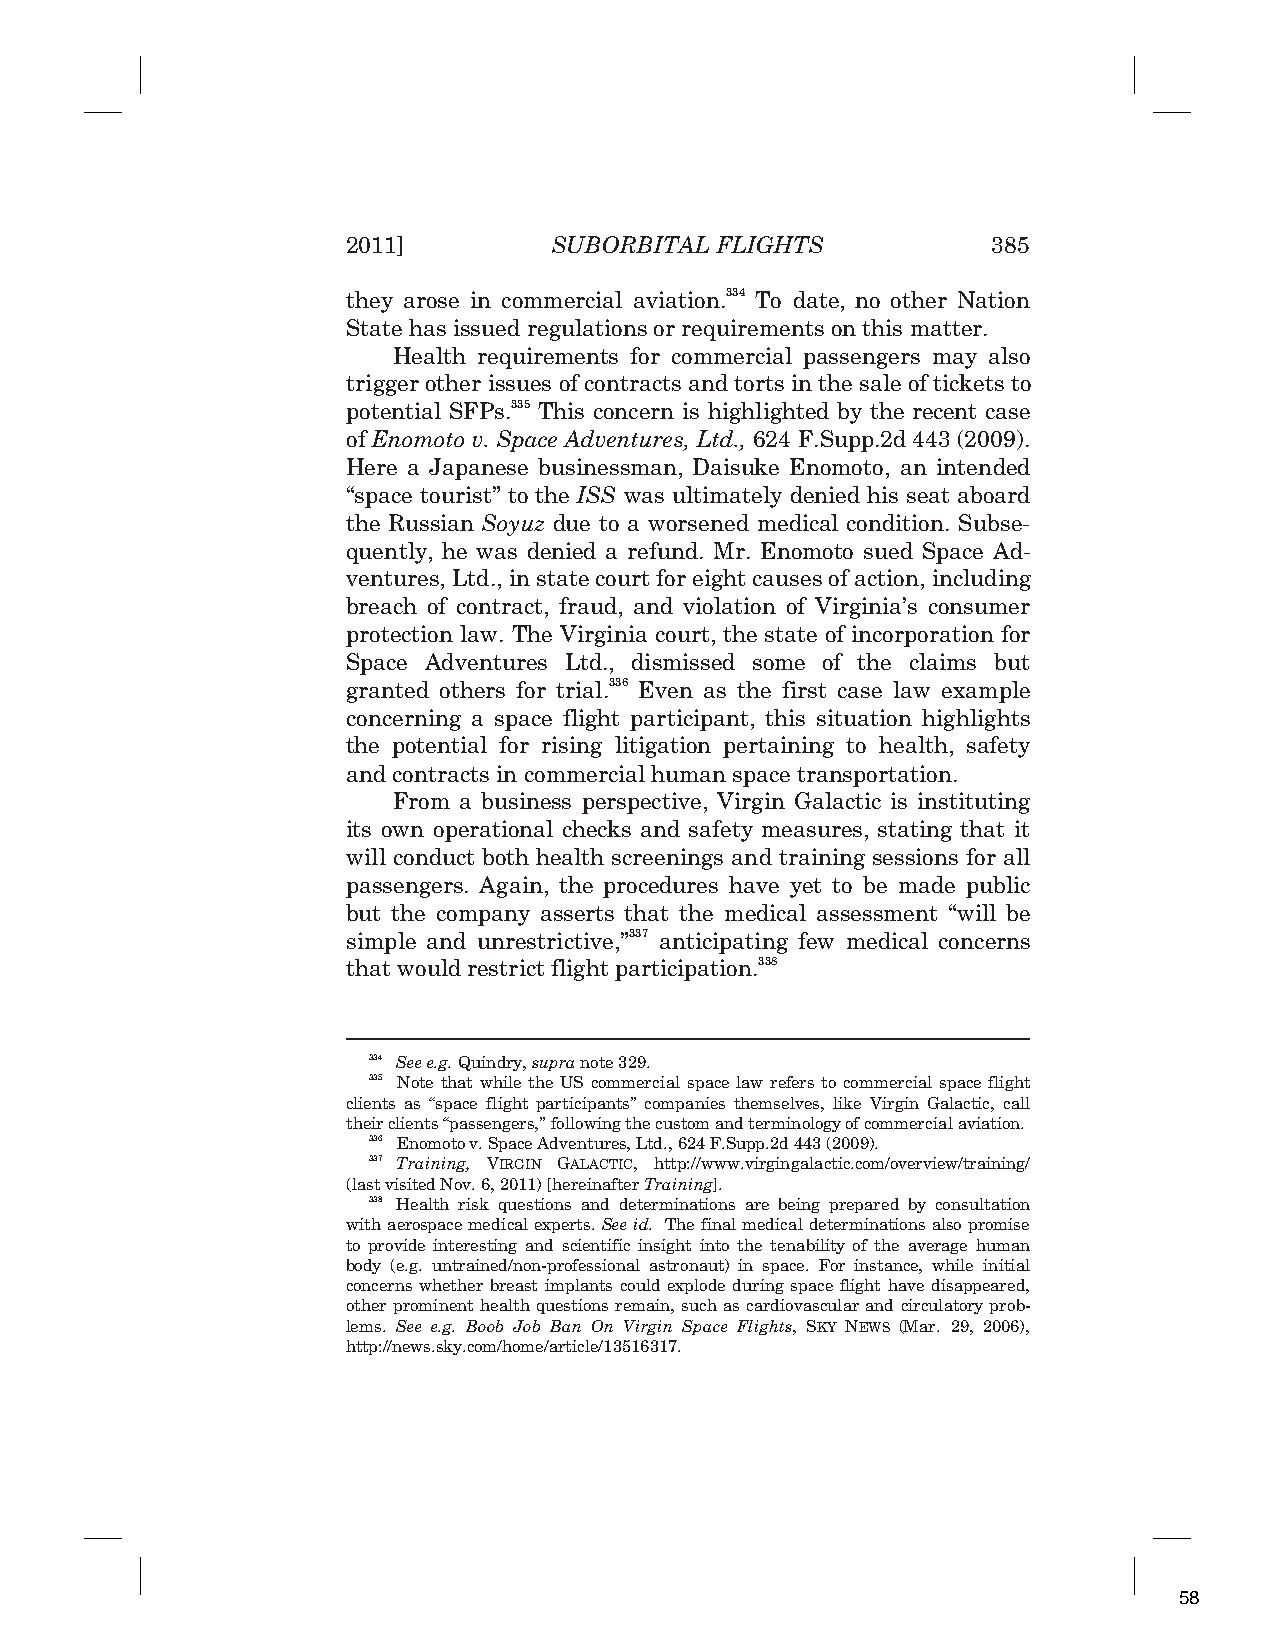
2011]         SUBORBITAL FLIGHTS           385
 they arose in commercial aviation.334 To date, no other Nation
 State has issued regulations or requirements on this matter.
 Health requirements for commercial passengers may also
 trigger other issues of contracts and torts in the sale of tickets to
 potential SFPs.335 This concern is highlighted by the recent case
 of Enomoto v. Space Adventures, Ltd., 624 F.Supp.2d 443 (2009).
 Here a Japanese businessman, Daisuke Enomoto, an intended
 “space tourist” to the ISS was ultimately denied his seat aboard
 the Russian Soyuz due to a worsened medical condition. Subse-
 quently, he was denied a refund. Mr. Enomoto sued Space Ad-
 ventures, Ltd., in state court for eight causes of action, including
 breach of contract, fraud, and violation of Virginia’s consumer
 protection law. The Virginia court, the state of incorporation for
 Space Adventures Ltd., dismissed some of the claims but
 granted others for trial.336 Even as the first case law example
 concerning a space flight participant, this situation highlights
 the potential for rising litigation pertaining to health, safety
 and contracts in commercial human space transportation.
 From a business perspective, Virgin Galactic is instituting
 its own operational checks and safety measures, stating that it
 will conduct both health screenings and training sessions for all
 passengers. Again, the procedures have yet to be made public
 but the company asserts that the medical assessment “will be
 simple and unrestrictive,”337 anticipating few medical concerns
 that would restrict flight participation.338
 334 See e.g. Quindry, supra note 329.
 335 Note that while the US commercial space law refers to commercial space flight
 clients as “space flight participants” companies themselves, like Virgin Galactic, call
 their clients “passengers,” following the custom and terminology of commercial aviation.
 336 Enomoto v. Space Adventures, Ltd.,624 F.Supp.2d 443 (2009).
 337 Training, VIRGIN GALACTIC, http://www.virgingalactic.com/overview/training/
 (last visited Nov. 6, 2011) [hereinafter Training].
 338 Health risk questions and determinations are being prepared by consultation
 with aerospace medical experts. Seeid. The final medical determinations also promise
 to provide interesting and scientific insight into the tenability of the average human
 body (e.g. untrained/non-professional astronaut) in space. For instance, while initial
 concerns whether breast implants could explode during space flight have disappeared,
 other prominent health questions remain, such as cardiovascular and circulatory prob-
 lems. See e.g. Boob Job Ban On Virgin Space Flights, SKY NEWS (Mar. 29, 2006),
 http://news.sky.com/home/article/13516317.
 58